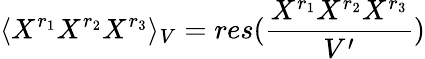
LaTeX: \langle X^{r_{1}}X^{r_{2}}X^{r_{3}}\rangle_{V}=res({\frac{X^{r_{1}}X^{r_{2}}X^{r_{3}}}{V^{\prime}}})